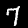
Digit: 7